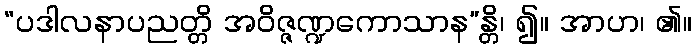
“ပဒါလနာပညတ္တိ အဝိဇ္ဇဏ္ဍကောသာန”န္တိ၊ ၍။ အာဟ၊ ၏။